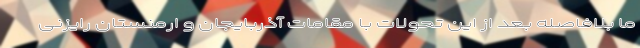
ما بلافاصله بعد از این تحولات با مقامات آذربایجان و ارمنستان رایزنی